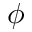
\phi